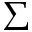
\Sigma